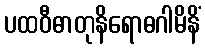
ပထဝီဓာတုနိရောဓဂါမိနိံ